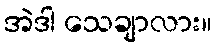
အဲဒါ သေချာလား။